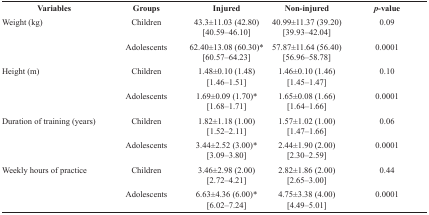
<table><thead><tr><td><b>Variables</b></td><td><b>Groups</b></td><td><b>Injured</b></td><td><b>Non-injured</b></td><td><b><i>p</i>-value</b></td></tr></thead><tbody><tr><td rowspan="2"> Weight (kg)</td><td> Children</td><td> 43.3±11.03 (42.80) [40.59–46.10]</td><td> 40.99±11.37 (39.20) [39.93–42.04]</td><td> 0.09</td></tr><tr><td> Adolescents</td><td> 62.40±13.08 (60.30)* [60.57–64.23]</td><td> 57.87±11.64 (56.40) [56.96–58.78]</td><td> 0.0001</td></tr><tr><td rowspan="2"> Height (m)</td><td> Children</td><td> 1.48±0.10 (1.48) [1.46–1.51]</td><td> 1.46±0.10 (1.46) [1.45–1.47]</td><td> 0.10</td></tr><tr><td> Adolescents</td><td> 1.69±0.09 (1.70)* [1.68–1.71]</td><td> 1.65±0.08 (1.66) [1.64–1.66]</td><td> 0.0001</td></tr><tr><td rowspan="2"> Duration of training (years)</td><td> Children</td><td> 1.82±1.18 (1.00) [1.52–2.11]</td><td> 1.57±1.02 (1.00) [1.47–1.66]</td><td> 0.06</td></tr><tr><td> Adolescents</td><td> 3.44±2.52 (3.00)* [3.09–3.80]</td><td> 2.44±1.90 (2.00) [2.30–2.59]</td><td> 0.0001</td></tr><tr><td rowspan="2"> Weekly hours of practice</td><td> Children</td><td> 3.46±2.98 (2.00) [2.72–4.21]</td><td> 2.82±1.86 (2.00) [2.65–3.00]</td><td> 0.44</td></tr><tr><td> Adolescents</td><td> 6.63±4.36 (6.00)* [6.02–7.24]</td><td> 4.75±3.38 (4.00) [4.49–5.01]</td><td> 0.0001</td></tr></tbody></table>